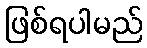
ဖြစ်ရပါမည်